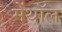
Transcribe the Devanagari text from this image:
मेंथॉल